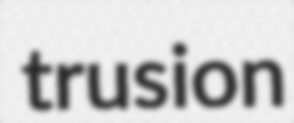
trusion